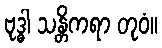
ဗုဒ္ဓါ သန္တိကရာ တုဝံ။